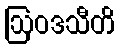
ဩဝဒသီတိ